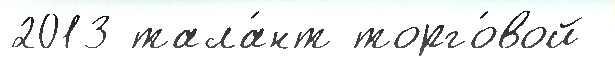
2013 тала́нт торго́вой